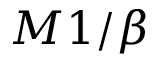
M 1 / \beta